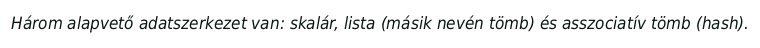
Három alapvető adatszerkezet van: skalár, lista (másik nevén tömb) és asszociatív tömb (hash).